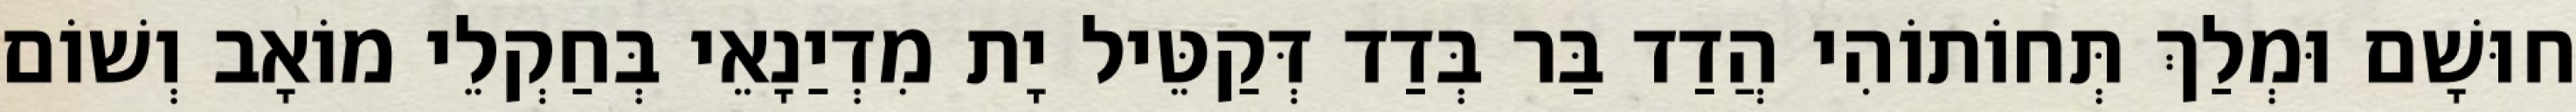
חוּשָׁם וּמְלַךְ תְּחוֹתוֹהִי הֲדַד בַּר בְּדַד דְּקַטֵּיל יָת מִדְיַנָאֵי בְּחַקְלֵי מוֹאָב וְשׁוֹם